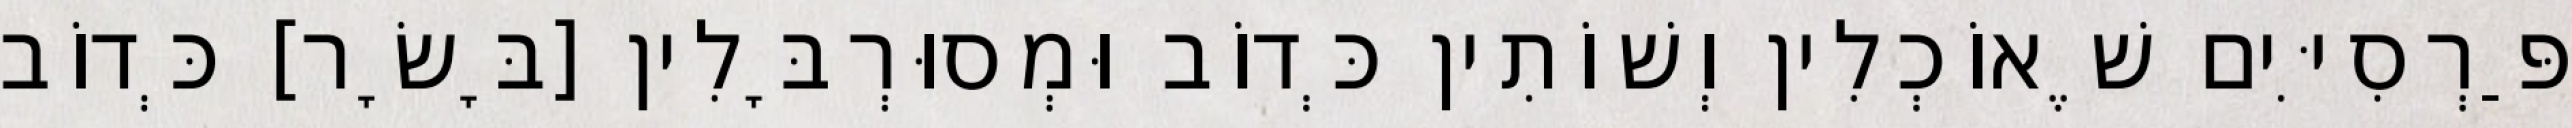
פַּרְסִיִּים שֶׁאוֹכְלִין וְשׁוֹתִין כְּדוֹב וּמְסוּרְבָּלִין [בָּשָׂר] כְּדוֹב